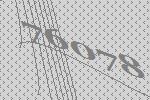
76078